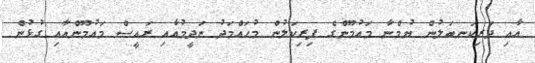
އާއި ދަރިކަނބަލުން ޔުމްނާ މައުމޫންގެ ފިރިކަލުން މުހައްމަދު ނަދީމުއާއި ރައީސް މައުމޫންއާއި ގުޅުން